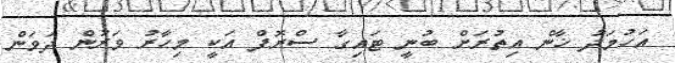
އަހުމަދު ޚާން އިތުރަށް ބުނީ ޓައިގާ ސްރޮފް އަކީ މިހާރު ވަރުން ދަވަން